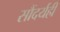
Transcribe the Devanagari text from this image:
सौंदर्यही